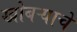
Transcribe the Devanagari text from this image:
खोबऱ्याचे